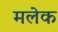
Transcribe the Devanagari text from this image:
मलेक